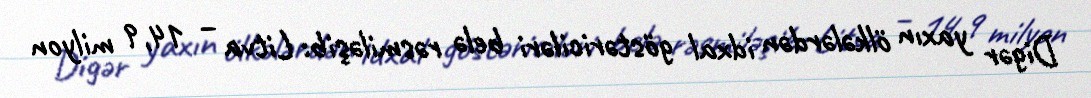
Digər yaxın ölkələrdən idxal göstəriciləri belə rəsmiləşib: Litva – 14,9 milyon